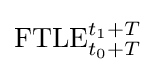
\mathrm {FTLE} _{t_{0}+T}^{t_{1}+T}